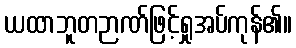
ယထာဘူတဉာဏ်ဖြင့်ရှုအပ်ကုန်၏။